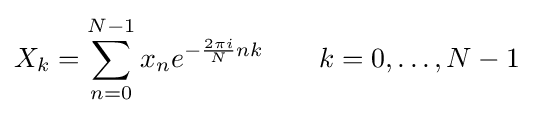
X_{k}=\sum _{n=0}^{N-1}x_{n}e^{-{\frac {2\pi i}{N}}nk}\qquad k=0,\dots ,N-1